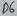
Text: D6